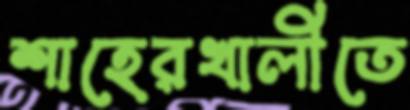
শাহেরখালীতে